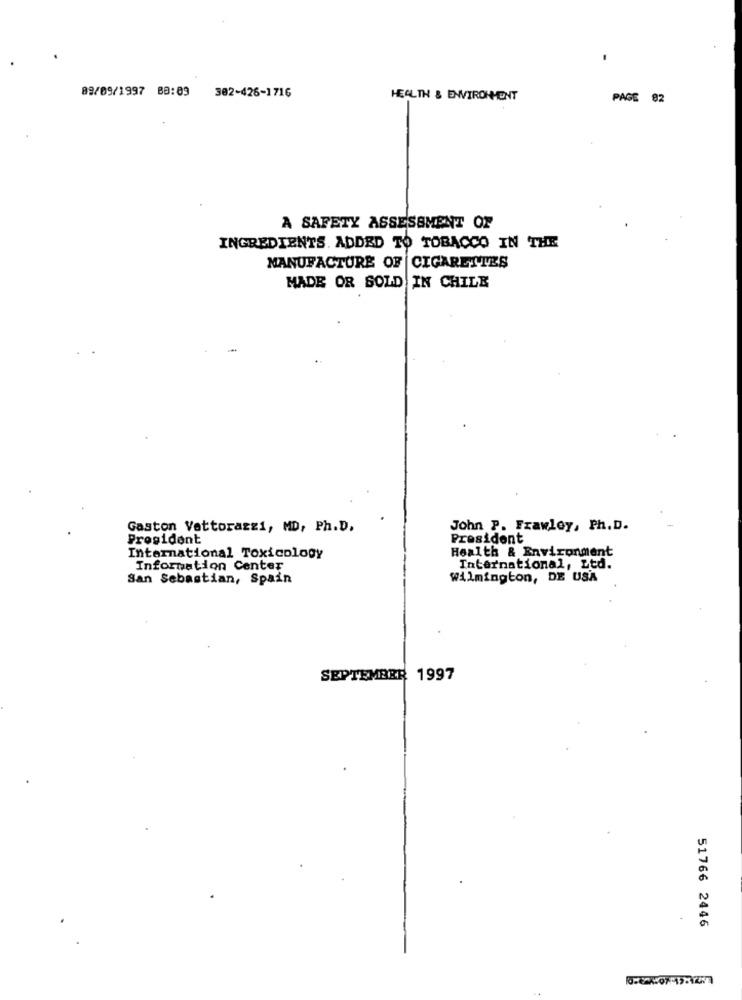
89/09/1997 BB:89
302-426-1716
HEALTH & ENVIRONMENT
PAGE 82
A SAFETY ASSESSMENT OF
INGREDIENTS. ADDED TO TOBACCO IN THE
MANUFACTURE OF CIGARETTES
MADE OR SOLD IN CHILE
Gaston Vettorazzi, MD, Ph.D.
John P. Frawley, Ph. D.
President
President
Health & Environment
International Toxicology
Information Center
International, Ltd.
San Sebastian, Spain
Wilmington, DE USA
SEPTEMBER 1997
51766 2446